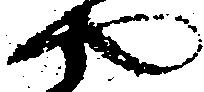
や